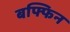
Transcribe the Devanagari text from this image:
बफ्फिन